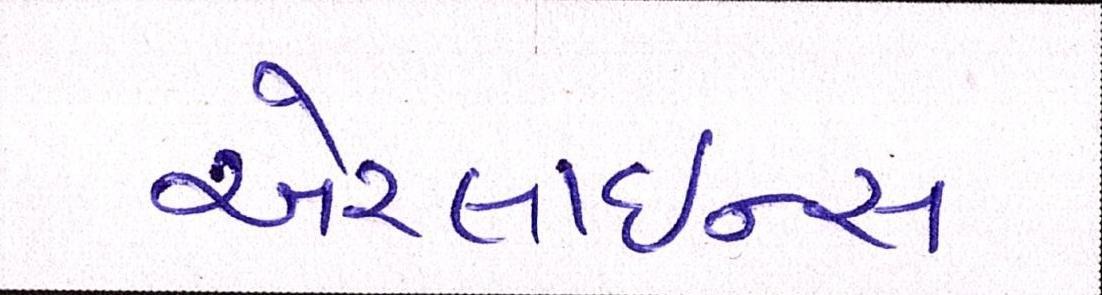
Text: એરલાઇન્સ